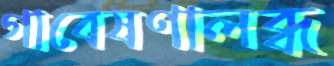
গাবেষণালব্ধ